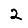
Digit: 2